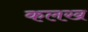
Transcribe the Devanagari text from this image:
कलख